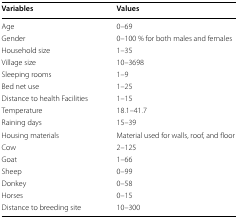
| Variables | Values |
 | --- | --- |
 | Age | 0–69 |
 | Gender | 0–100 % for both males and females |
 | Household size | 1–35 |
 | Village size | 10–3698 |
 | Sleeping rooms | 1–9 |
 | Bed net use | 1–25 |
 | Distance to health Facilities | 1–15 |
 | Temperature | 18.1–41.7 |
 | Raining days | 15–39 |
 | Housing materials | Material used for walls, roof, and floor |
 | Cow | 2–125 |
 | Goat | 1–66 |
 | Sheep | 0–99 |
 | Donkey | 0–58 |
 | Horses | 0–15 |
 | Distance to breeding site | 10–300 |